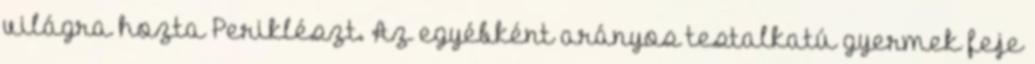
világra hozta Periklészt. Az egyébként arányos testalkatú gyermek feje